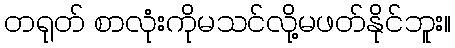
တရုတ် စာလုံးကိုမသင်လို့မဖတ်နိုင်ဘူး။